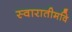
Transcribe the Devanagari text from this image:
स्वारातीमवि